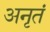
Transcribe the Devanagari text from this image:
अनृतं